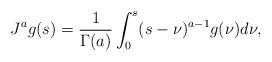
LaTeX: \begin{align*}J^a g(s) = \frac{1}{\Gamma(a)} \int_0^s (s-\nu)^{a-1} g(\nu) d\nu,\end{align*}